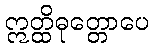
ဣတ္ထိဓုတ္တောပေ